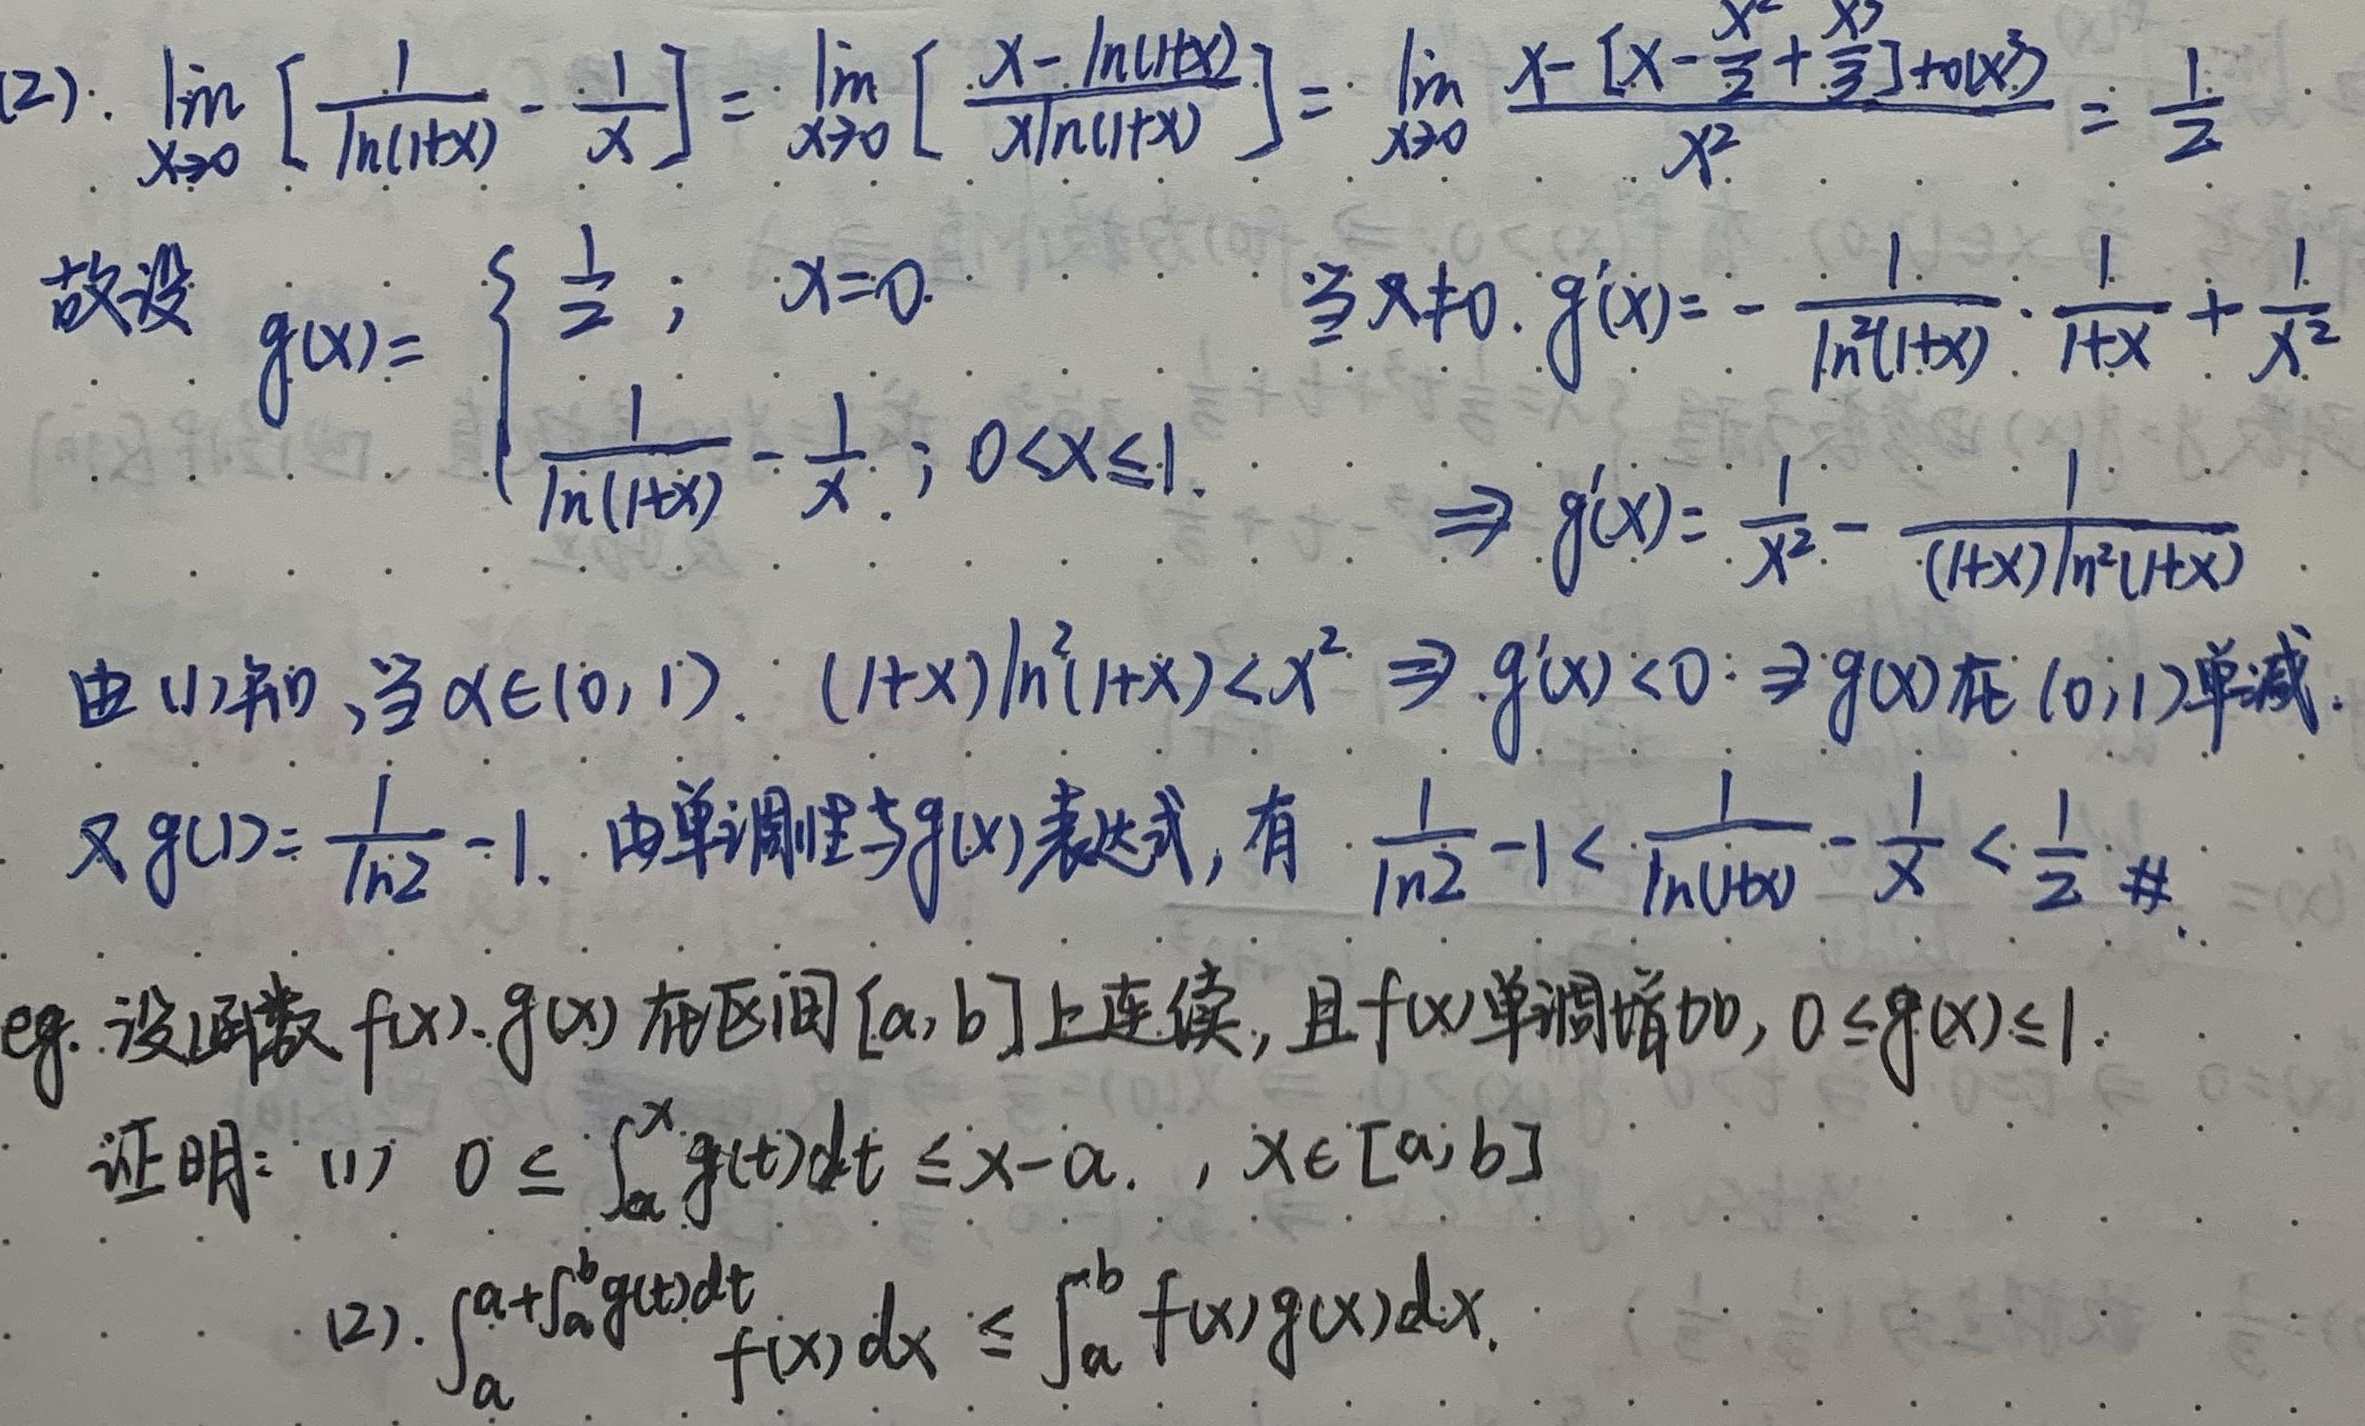
(2). \(\lim\limits_{x \to 0}\left[\frac{1}{\ln(1 + x)}-\frac{1}{x}\right]=\lim\limits_{x \to 0}\left[\frac{x-\ln(1 + x)}{x\ln(1 + x)}\right]=\lim\limits_{x \to 0}\frac{x - \left[x-\frac{x^{2}}{2}+\frac{x^{3}}{3}\right]+o(x^{3})}{x^{2}}=\frac{1}{2}\)

故设 \(g(x)=\begin{cases}\frac{1}{2},&x = 0\\\frac{1}{\ln(1 + x)}-\frac{1}{x},&0<x\leq1\end{cases}\)

当 \(x\neq0\)，\(g'(x)=-\frac{1}{\ln^{2}(1 + x)}\cdot\frac{1}{1 + x}+\frac{1}{x^{2}}\Rightarrow g'(x)=\frac{1}{x^{2}}-\frac{1}{(1 + x)\ln^{2}(1 + x)}\)

由(1)知，当 \(x\in(0,1)\)，\((1 + x)\ln^{2}(1 + x)<x^{2}\Rightarrow g'(x)<0\Rightarrow g(x)\)在\((0,1)\)单减。

又\(g(1)=\frac{1}{\ln 2}-1\)。 由单调性与\(g(x)\)表达式，有 \(\frac{1}{\ln 2}-1<\frac{1}{\ln(1 + x)}-\frac{1}{x}<\frac{1}{2}\) \(\#\)

\text{eg.} 设函数\(f(x),g(x)\)在区间\([a,b]\)上连续，且\(f(x)\)单调增加，\(0\leq g(x)\leq1\)。 证明：

(1) \(0\leq\int_{a}^{x}g(t)dt\leq x - a\)，\(x\in[a,b]\)

(2). \(\int_{a}^{a + \int_{a}^{b}g(t)dt}f(x)dx\leq\int_{a}^{b}f(x)g(x)dx\)。